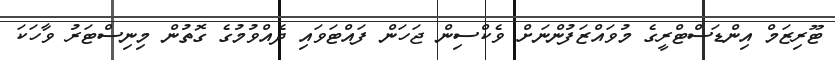
ޓޫރިޒަމް އިންޑަސްޓްރީގެ މުވައްޒަފުންނަށް ވެކްސިން ޖަހަން ފައްޓަވައި ދެއްވުމުގެ ގޮތުން މިނިސްޓަރު ވާހަކަ